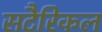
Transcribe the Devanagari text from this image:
सटैरिकल